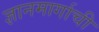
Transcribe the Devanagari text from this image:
ज्ञानमार्गाची